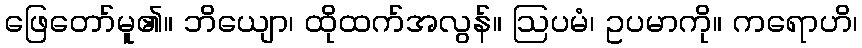
ဖြေတော်မူ၏။ ဘိယျော၊ ထိုထက်အလွန်။ ဩပမံ၊ ဥပမာကို။ ကရောဟိ၊